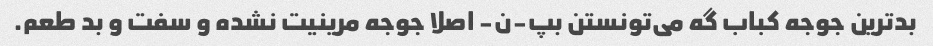
بدترین جوجه کباب گه می‌تونستن بپ-ن- اصلا جوجه مرینیت نشده و سفت و بد طعم.